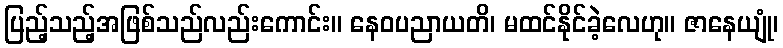
ပြည့်သည့်အဖြစ်သည်လည်းကောင်း။ နေဝပညာယတိ၊ မထင်နိုင်ခဲ့လေဟု။ ဇာနေယျုံ၊